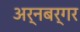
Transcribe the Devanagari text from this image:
अर्नबर्गर